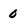
Character: 0